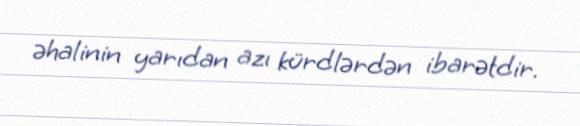
əhalinin yarıdan azı kürdlərdən ibarətdir.